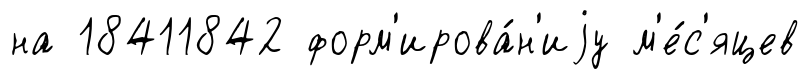
на 18411842 форм'ирова́н'иjу м'е́с'яцев